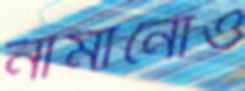
নামানোও